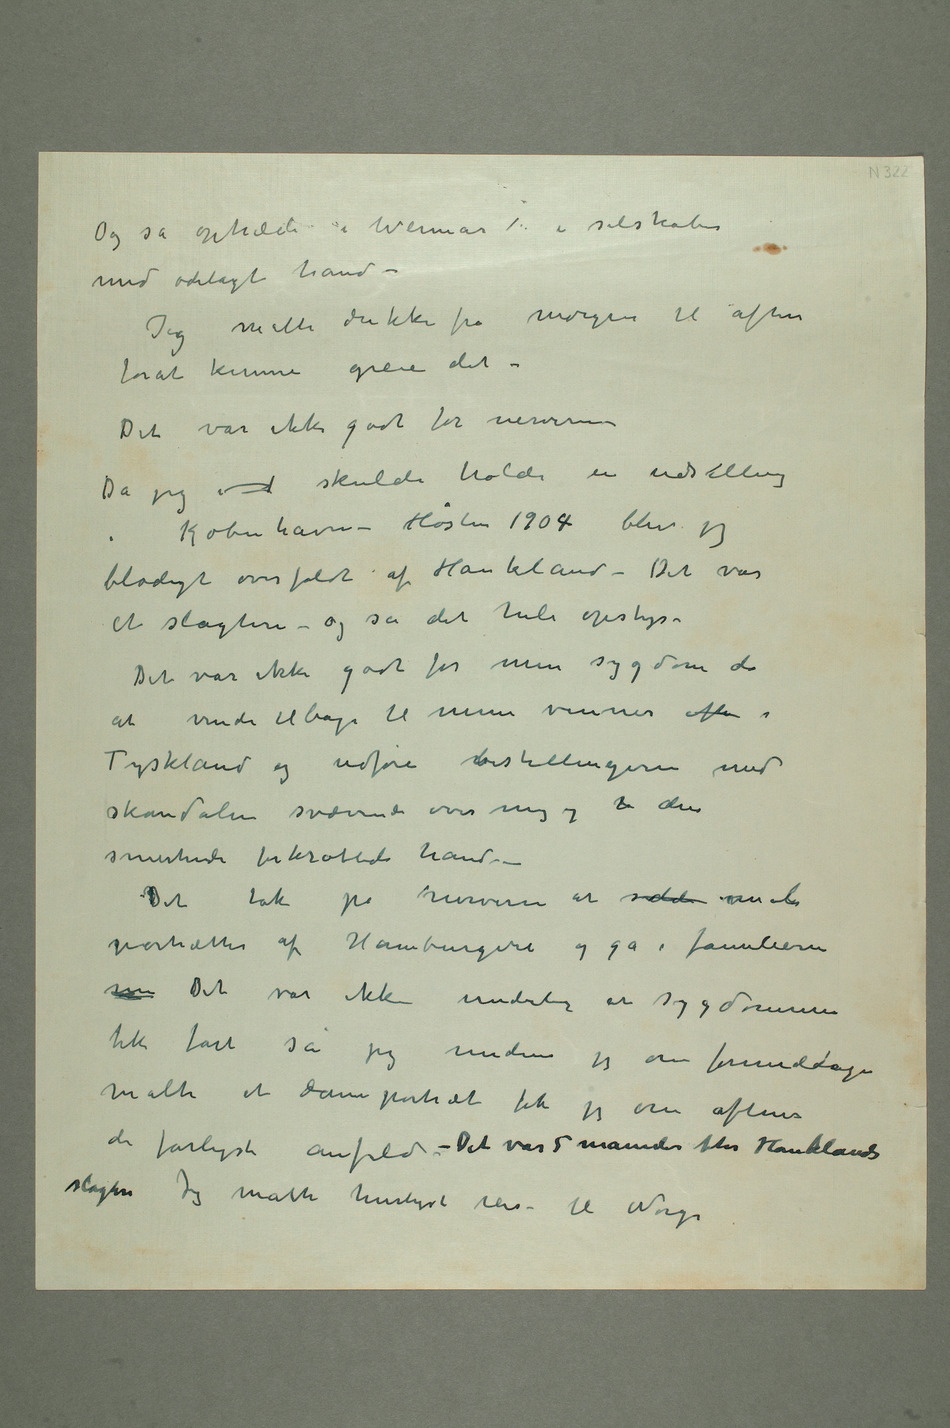
Og så optræde i Weimar  i selskaber
med ødelagt hånd –
Jeg måtte drikke fra morgen til aften
forat kunne greie det
– Det var ikke godt for nerverne –
Da jeg i  skulde holde en udstilling i
København – Høsten 1904 blev jeg
blodigt overfaldt af Haukland – Det var
et slagteri – og så det hele opstyr –
Det var ikke godt for min sygdom da
at vende tilbage til mine venner efter i
Tyskland og udføre bestillingerne med
skandalen svævende over mig og  den
smertende forkrøblede hånd –
Det tok på nerverne at sidde male
portrætter af Hamburgere og gå i familierne
men Det var ikke underlig at sygdommen
fik fart så jeg medens jeg om formiddagen
malte et dameportræt fik jeg om aftens
de farligste anfald – Det var 5 måneder efter Hauklands
Norge